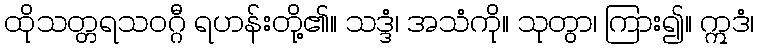
ထိုသတ္တရသဝဂ္ဂီ ရဟန်းတို့၏။ သဒ္ဒံ၊ အသံကို။ သုတွာ၊ ကြား၍။ ဣဒံ၊